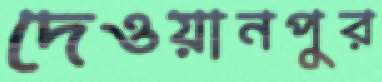
দেওয়ানপুর